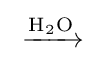
{{}\mathrel {\xrightarrow {\mathrm {H} {\vphantom {A}}_{\smash[{t}]{2}}\mathrm {O} } } {}}